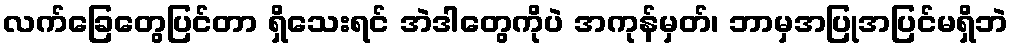
လက်ခြေတွေပြင်တာ ရှိသေးရင် အဲဒါတွေကိုပဲ အကုန်မှတ်၊ ဘာမှအပြုအပြင်မရှိဘဲ